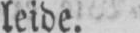
leide.